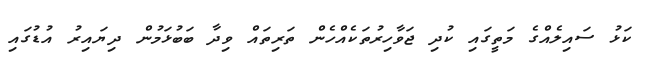
ކަޅު ސައިލެއްގެ މަތީގައި ކުދި ޖަވާހިރުތަކެއްހެން ތަރިތައް ވިދާ ބަބުޅަމުން ދިޔައިރު އުޑުގައި